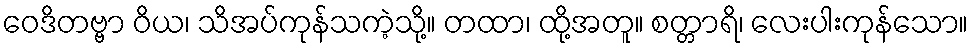
ဝေဒိတဗ္ဗာ ဝိယ၊ သိအပ်ကုန်သကဲ့သို့။ တထာ၊ ထို့အတူ။ စတ္တာရိ၊ လေးပါးကုန်သော။